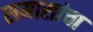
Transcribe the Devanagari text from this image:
समासांचा